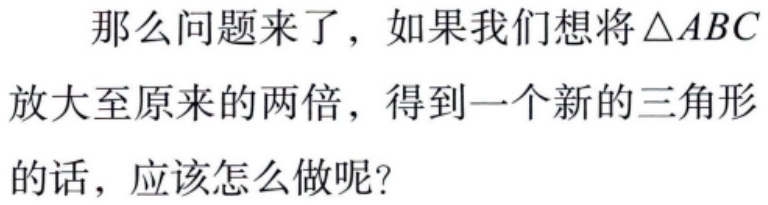
那么问题来了，如果我们想将$\triangle ABC$放大至原来的两倍，得到一个新的三角形的话，应该怎么做呢？